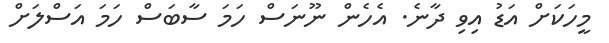
މީހަކަށް އަޑު އިވި ދާނެ. އެހެން ނޫނަސް ހަމަ ސާބަސް ހަމަ އަސްލަށް